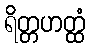
ရိတ္တဟတ္ထံ